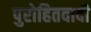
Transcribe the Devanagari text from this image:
पुरोहितवादी